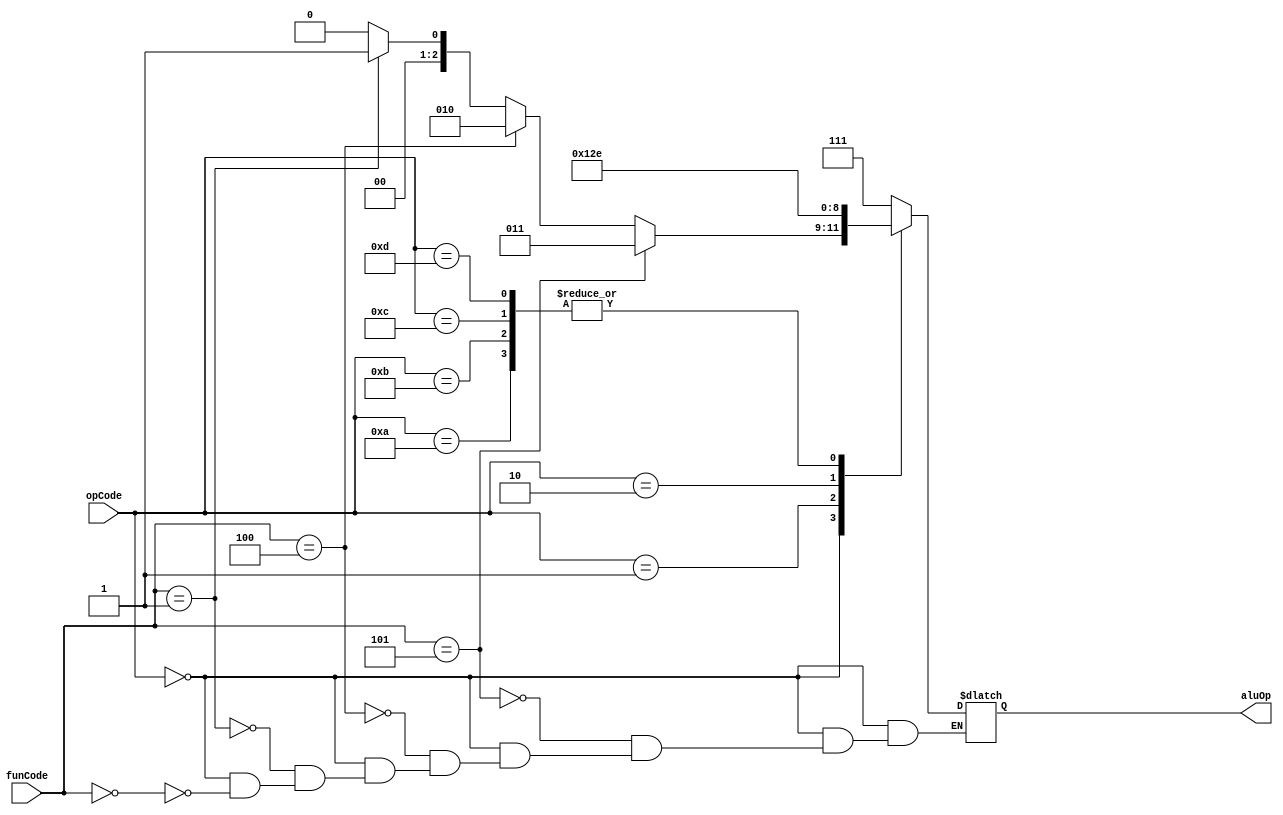
module aluControl(opCode, funCode, aluOp);
    input [3:0] opCode, funCode;
    output reg [2:0] aluOp;

    always @ (*) begin
        case(opCode)
            4'b0000: begin              //Signed Arithmetic 
                if(funCode == 4'b0000)
                    aluOp = 3'b000;     //Signed Addition
                if(funCode == 4'b0001)
                    aluOp = 3'b001;     //Signed Subtraction
                if(funCode == 4'b0100)
                    aluOp = 3'b010;     //Signed Multiplication
                if(funCode == 4'b0101)
                    aluOp = 3'b011;     //Signed Division
            end

            4'b0001: aluOp = 3'b100;    //And
            4'b0010: aluOp = 3'b101;    //Or
            4'b1010: aluOp = 3'b110;    //Load Byte Unsigned
            4'b1011: aluOp = 3'b110;    //Store Byte (Unsigned Addition)
            4'b1100: aluOp = 3'b110;    //Load (Unsigned Addition)
            4'b1101: aluOp = 3'b110;    //Store (Unsigned Addition)
            4'b1111: aluOp = 3'b111;    //Halt
            
            default: aluOp = 3'b111;
        endcase
    end
endmodule